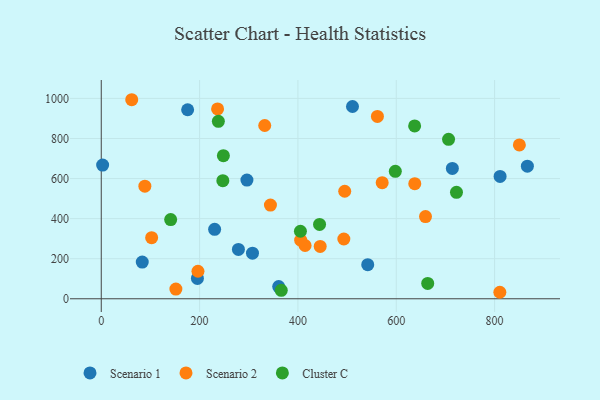
{"axis": {"x": "Price", "y": "Exam Score"}, "legend": ["Cluster C", "Scenario 1", "Scenario 2"], "data": [{"x": "542.0", "y": 170.2, "type": "Scenario 1"}, {"x": "230.6", "y": 346.5, "type": "Scenario 1"}, {"x": "866.7", "y": 662.0, "type": "Scenario 1"}, {"x": "195.6", "y": 101.4, "type": "Scenario 1"}, {"x": "811.2", "y": 610.5, "type": "Scenario 1"}, {"x": "296.3", "y": 592.3, "type": "Scenario 1"}, {"x": "279.0", "y": 246.1, "type": "Scenario 1"}, {"x": "307.6", "y": 227.8, "type": "Scenario 1"}, {"x": "175.7", "y": 943.5, "type": "Scenario 1"}, {"x": "714.1", "y": 650.6, "type": "Scenario 1"}, {"x": "360.9", "y": 60.8, "type": "Scenario 1"}, {"x": "2.8", "y": 667.3, "type": "Scenario 1"}, {"x": "511.0", "y": 959.8, "type": "Scenario 1"}, {"x": "83.4", "y": 183.2, "type": "Scenario 1"}, {"x": "561.7", "y": 909.9, "type": "Scenario 2"}, {"x": "88.7", "y": 562.2, "type": "Scenario 2"}, {"x": "414.6", "y": 265.9, "type": "Scenario 2"}, {"x": "659.5", "y": 410.2, "type": "Scenario 2"}, {"x": "196.7", "y": 137.4, "type": "Scenario 2"}, {"x": "405.6", "y": 292.7, "type": "Scenario 2"}, {"x": "445.3", "y": 261.4, "type": "Scenario 2"}, {"x": "151.8", "y": 48.4, "type": "Scenario 2"}, {"x": "102.5", "y": 305.0, "type": "Scenario 2"}, {"x": "850.4", "y": 768.1, "type": "Scenario 2"}, {"x": "571.4", "y": 579.6, "type": "Scenario 2"}, {"x": "637.7", "y": 574.6, "type": "Scenario 2"}, {"x": "495.2", "y": 536.7, "type": "Scenario 2"}, {"x": "810.7", "y": 32.4, "type": "Scenario 2"}, {"x": "62.0", "y": 993.5, "type": "Scenario 2"}, {"x": "493.4", "y": 298.3, "type": "Scenario 2"}, {"x": "344.1", "y": 467.6, "type": "Scenario 2"}, {"x": "236.6", "y": 947.5, "type": "Scenario 2"}, {"x": "332.5", "y": 864.9, "type": "Scenario 2"}, {"x": "664.0", "y": 76.5, "type": "Cluster C"}, {"x": "405.1", "y": 336.9, "type": "Cluster C"}, {"x": "706.4", "y": 795.9, "type": "Cluster C"}, {"x": "722.5", "y": 531.5, "type": "Cluster C"}, {"x": "366.1", "y": 42.3, "type": "Cluster C"}, {"x": "238.2", "y": 885.9, "type": "Cluster C"}, {"x": "247.3", "y": 589.6, "type": "Cluster C"}, {"x": "248.4", "y": 714.1, "type": "Cluster C"}, {"x": "637.4", "y": 862.5, "type": "Cluster C"}, {"x": "598.1", "y": 635.9, "type": "Cluster C"}, {"x": "444.0", "y": 371.1, "type": "Cluster C"}, {"x": "141.2", "y": 395.4, "type": "Cluster C"}]}